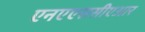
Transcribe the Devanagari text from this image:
एनएएससीएआर